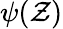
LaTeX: \psi(\mathcal{Z})